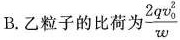
B.乙粒子的比荷为\frac{2qv_{0}^{2}}{w}